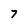
Character: 7